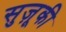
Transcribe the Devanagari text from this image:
सुज़ूकी